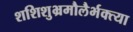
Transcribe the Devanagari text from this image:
शशिशुभ्रमौलैर्भक्त्या